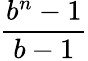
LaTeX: \frac{b^{n}-1}{b-1}